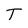
Character: T